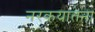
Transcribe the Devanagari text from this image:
नरकयातना